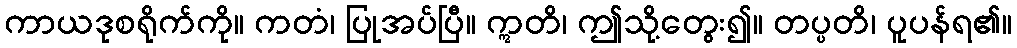
ကာယဒုစရိုက်ကို။ ကတံ၊ ပြုအပ်ပြီ။ ဣတိ၊ ဤသို့တွေး၍။ တပ္ပတိ၊ ပူပန်ရ၏။